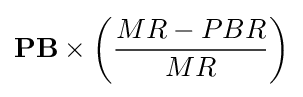
\mathbf {P} \mathbf {B} \times \left({\frac {MR-PBR}{MR}}\right)